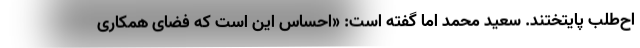
اح‌طلب پایتختند. سعید محمد اما گفته است: «احساس این است که فضای همکاری